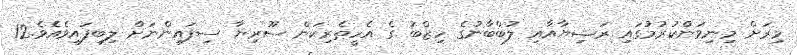
މިރަށް މިނިވަންކުރުމުގައި ރަޝިޔާއާއި ލުބްބާނުގެ ހިޒްބު ގެ އެހީތެރިކަން ސޫރިޔާ ސިފައިންނަށް ލިބިފައިވެއެވެ.12